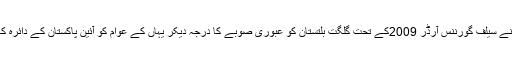
اس امر سے انکاری نہیں کہ سابقہ دور حکومت نے سیلف گورننس آرڈر 2009کے تحت گلگت بلتستان کو عبوری صوبے کا درجہ دیکر یہاں کے عوام کو آئین پاکستان کے دائرہ کار میں شامل کرنے کے لئے ابتدائی کاروائی کی۔